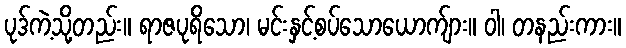
ပုဒ်ကဲ့သို့တည်း။ ရာဇပုရိသော၊ မင်းနှင့်စပ်သောယောက်ျား။ ဝါ၊ တနည်းကား။